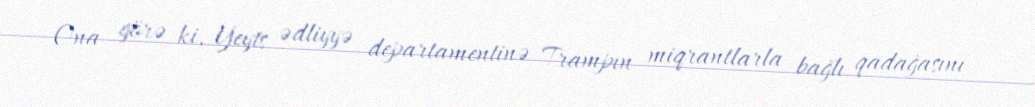
Ona görə ki, Yeyts ədliyyə departamentinə Trampın miqrantlarla bağlı qadağasını